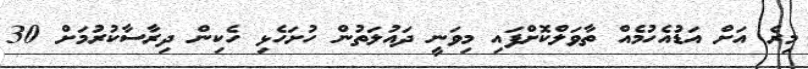
މިރެ އަށް އަޑުއެހުމެއް ތާވަލްކޮށްފައި މިވަނީ ދައުލަތުން ހުށަހެޅި ހެކިން ދިރާސާކުރުމަށް 30